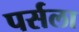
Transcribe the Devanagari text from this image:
पर्सला